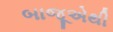
બાજૂએથી